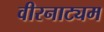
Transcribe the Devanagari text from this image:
वीरनाट्यम